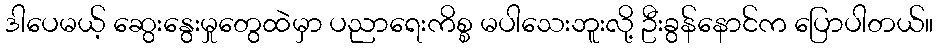
ဒါပေမယ့် ဆွေးနွေးမှုတွေထဲမှာ ပညာရေးကိစ္စ မပါသေးဘူးလို့ ဦးခွန်နောင်က ပြောပါတယ်။